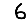
Digit: 6